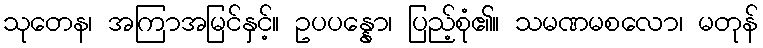
သုတေန၊ အကြာအမြင်နှင့်။ ဥပပန္နော၊ ပြည့်စုံ၏။ သမဏမစလော၊ မတုန်